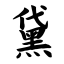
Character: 黛